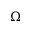
\Omega